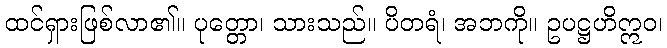
ထင်ရှားဖြစ်လာ၏။ ပုတ္တော၊ သားသည်။ ပိတရံ၊ အဘကို။ ဥပဋ္ဌဟိဣဝ၊